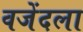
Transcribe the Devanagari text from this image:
वजेंदला